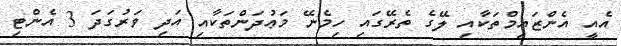
އެއީ އެންޒައިމްތަކާއި ލޭގެ ތެރޭގައި ހިމެނޭ މަޢުދަންތަކާއި އަދި ވަރުގަދަ 3 އެންޓި